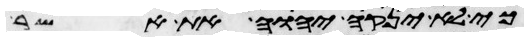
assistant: כי לא ינקה יהוה את אשר